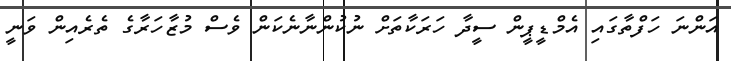
އަންނަ ހަފްތާގައި އެމްޑީޕީން ސީދާ ހަރަކާތަށް ނުކުންނާނެކަން ވެސް މުޒާހަރާގެ ތެރެއިން ވަނީ